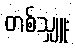
တစ်သျှူး